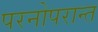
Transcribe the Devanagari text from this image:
परनोपरान्त